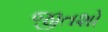
જીતશો